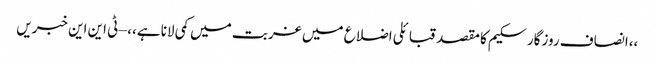
،،انصاف روزگار سکیم کا مقصد قبائلی اضلاع میں غربت میں کمی لانا ہے،، – ٹی این این خبریں